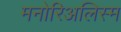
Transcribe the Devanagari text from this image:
मनोरिअलिस्म